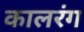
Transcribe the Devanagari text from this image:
कालरंग